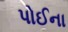
પોઈના